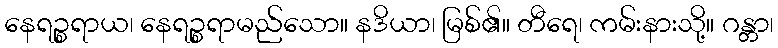
နေရဉ္စရာယ၊ နေရဉ္စရာမည်သော။ နဒိယာ၊ မြစ်၏။ တီရေ၊ ကမ်းနားသို့။ ဂန္တာ၊